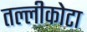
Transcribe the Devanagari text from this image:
तल्लीकोटा